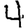
Digit: 4